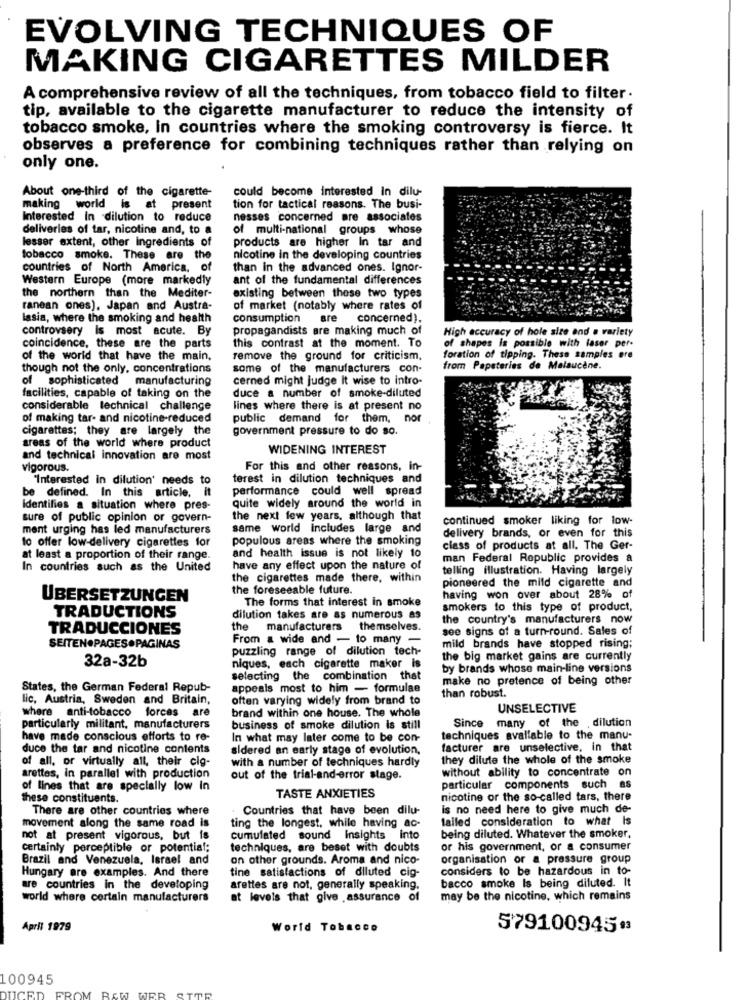
EVOLVING TECHNIQUES OF
MAKING CIGARETTES MILDER
A comprehensive review of all the techniques, from tobacco field to filter.
tip, available to the cigarette manufacturer to reduce the intensity of
tobacco smoke, In countries where the smoking controversy is fierce. It
observes a preference for combining techniques rather than relying on
only one.
About one-third of the cigarette-
could become interested In dilu-
making world is at present
tion for tactical reasons. The busi-
Interested In dilution to reduce
nesses concerned are associates
deliveries of tar, nicotine and, to a
of multi-national groups whose
lesser extent, other ingredients of
products are higher In tar and
tobacco smoke. These are the
nicotine in the developing countries
countries of North America, of
than in the advanced ones. Ignor-
Western Europe (more markedly
ant of the fundamental differences
the northern than the Mediter-
existing between these two types
ranean ones), Japan and Austra-
of market (notably where rates of
lasia, where the smoking and health
consumption
are concerned).
controvsery Is most acute. By
propagandists are making much of
High accuracy of hole size and a variety
of shapes is possible with laser per-
coincidence, these are the parts
this contrast at the moment. To
of the world that have the main,
remove the ground for criticism.
foration of tipping. These samples ere
though not the only, concentrations
some of the manufacturers con-
from Papeteries de Malaucène.
of sophisticated manufacturing
cerned might judge It wise to intro-
facilities, capable of taking on the
duce a number of smoke-diluted
considerable technical challenge
lines where there is at present no
of making tar- and nicotine-reduced
public demand for them, nor
cigarettes; they are largely the
government pressure to do so.
areas of the world where product
WIDENING INTEREST
and technical innovation are most
vigorous.
For this and other reasons, in-
"Interested in dilution' needs to
terest in dilution techniques and
be defined. In this article, it
performance could well spread
Identifies a situation where pres-
quite widely around the world in
sure of public opinion or govern-
the next few years, although that
continued smoker liking for low-
ment urging has led manufacturers
same world includes large and
delivery brands, or even for this
to offer low-delivery cigarettes for
populous areas where the smoking
class of products at all. The Ger-
at least a proportion of their range.
and health issue is not likely 10
man Federal Republic provides a
In countries such as the United
have any effect upon the nature of
telling illustration. Having largely
the cigarettes made there, within
pioneered the mild cigarette and
the foreseeable future.
ÜBERSETZUNGEN
The forms that interest in smoke
having won over about 28% of
TRADUCTIONS
smokers to this type of product,
dilution takes are as numerous as
the country's manufacturers now
TRADUCCIONES
the manufacturers themselves.
see signs of a turn-round. Sales of
From a wide and - to many -
SEITEN.PAGES.PAGINAS
puzzling range of dilution tech-
mild brands have stopped rising;
the big market gains are currently
32a-32b
niques, each cigarette maker is
by brands whose main-line versions
selecting the combination that
make no pretence of being other
States, the German Federal Repub-
appeals most to him - formulae
than robust.
lic, Austria, Sweden and Britain,
often varying widely from brand to
where anti-tobacco forces are
brand within one house. The whole
UNSELECTIVE
Since many of the .dilution
particularly militant, manufacturers
business of smoke dilution is still
have made conscious efforts to re-
In what may later come to be con-
techniques available to the manu-
duce the tar and nicotine contents
sidered an early stage of evolution,
facturer are unselective, in that
of all, or virtually all, their cig-
with a number of techniques hardly
they dilute the whole of the smoke
without ability to concentrate on
arettes, in parallel with production
out of the trial-and-error stage.
of lines that are specially low in
particular components such as
these constituents.
TASTE ANXIETIES
nicotine or the so-called tars, there
There are other countries where
Countries that have been dilu-
is no need here to give much de-
tailed consideration to what Is
movement along the same road is
ting the longest, while having ac-
not at present vigorous, but is
cumulated sound Insights into
being diluted. Whatever the smoker,
certainly perceptible or potential;
techniques, are beset with doubts
or his government, or a consumer
Brazil and Venezuela, Israel and
on other grounds. Aroma and nico-
organisation or a pressure group
Hungary are examples. And there
tine satisfactions of diluted cig-
considers to be hazardous in to-
bacco smoke Is being diluted. It
are countries in the developing
arettes are not, generally speaking.
world where certain manufacturers
at levels that give .assurance of
may be the nicotine, which remains
April 1979
World Tobacco
579100945#3
100945